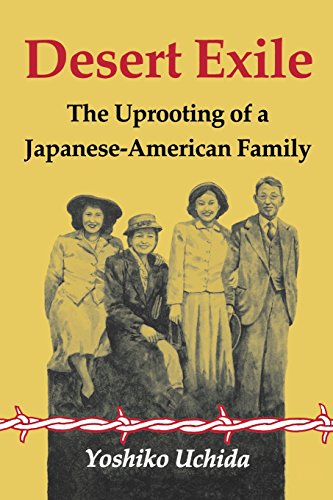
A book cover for Desert Exile: The Uprooting of a Japanese American Family (Classics of Asian American Literature); Yoshiko Uchida; Biographies & Memoirs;